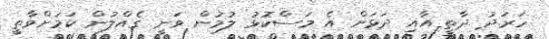
ހަރަދު ދާތީ އާއި ދަޅަށް އެ މަސްކޮޅު ލުމުން ވަނީ ގެއްލުން ކަމަށްވާތީ